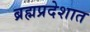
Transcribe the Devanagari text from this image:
ब्रह्मप्रदेशात